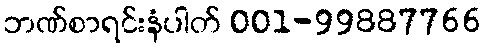
ဘဏ်စာရင်းနံပါတ် 001-99887766